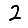
Digit: 2